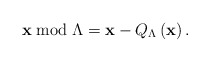
\begin{align*}\mathbf{x}\bmod\Lambda=\mathbf{x}-Q_{\Lambda}\left(\mathbf{x}\right).\end{align*}